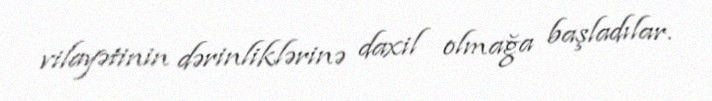
vilayətinin dərinliklərinə daxil olmağa başladılar.